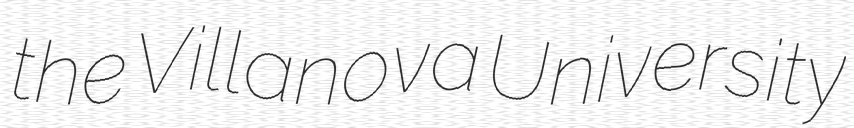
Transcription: the Villanova University